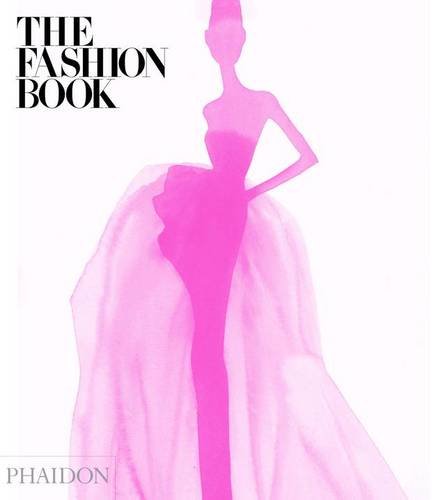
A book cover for The Fashion Book: New and Expanded Edition; Editors of Phaidon; Arts & Photography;